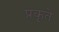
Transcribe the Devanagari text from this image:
प्रकृते